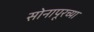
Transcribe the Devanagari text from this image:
सोनापूरच्या